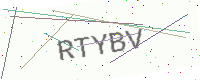
Text: RTYBV